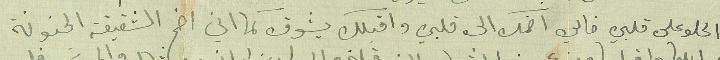
الحلو على قلبي خالي اضمك الى قلبي واقبلك بشوق كما اني اضم الشقيقة الحنونة